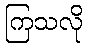
ကြသလို